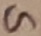
Text: G